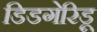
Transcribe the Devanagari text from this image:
डिडगेरिडू